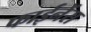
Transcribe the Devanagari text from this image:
फाईनेंस